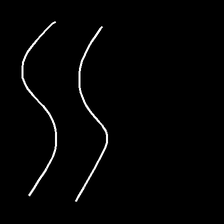
Glyph: float